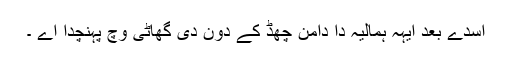
اسدے بعد ایہہ ہمالیہ دا دامن چھڈّ کے دون دی گھاٹی وچّ پہنچدا اے ۔